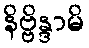
နိဗ္ဗိန္ဒာမိ